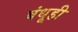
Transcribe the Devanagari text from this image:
बंधूही